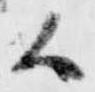
候